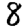
Digit: 8